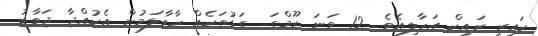
ކައިރީ ޒައިކް އަހާލިއެވެ. 12 ވަނަ ރޫމްގަ.. ގަޑުތަކެއް ހާވާލަމުން އެކުއްޖާ ޖަވާބު